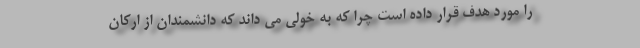
را مورد هدف قرار داده است چرا که به خولی می داند که دانشمندان از ارکان